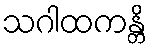
သဂါထကန္တိ